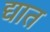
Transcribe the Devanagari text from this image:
द्यात